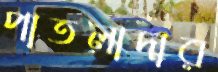
পাতলাদার